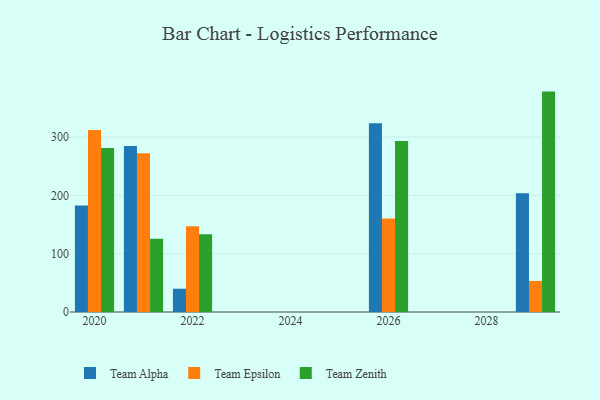
{"axis": {"x": "Year", "y": "Gross Profit (USD K)"}, "legend": ["Team Alpha", "Team Epsilon", "Team Zenith"], "data": [{"x": "2022", "y": 39.9, "type": "Team Alpha"}, {"x": "2022", "y": 147.0, "type": "Team Epsilon"}, {"x": "2022", "y": 133.4, "type": "Team Zenith"}, {"x": "2021", "y": 284.5, "type": "Team Alpha"}, {"x": "2021", "y": 272.0, "type": "Team Epsilon"}, {"x": "2021", "y": 125.4, "type": "Team Zenith"}, {"x": "2020", "y": 182.4, "type": "Team Alpha"}, {"x": "2020", "y": 312.1, "type": "Team Epsilon"}, {"x": "2020", "y": 281.4, "type": "Team Zenith"}, {"x": "2026", "y": 323.5, "type": "Team Alpha"}, {"x": "2026", "y": 160.3, "type": "Team Epsilon"}, {"x": "2026", "y": 293.3, "type": "Team Zenith"}, {"x": "2029", "y": 203.6, "type": "Team Alpha"}, {"x": "2029", "y": 53.3, "type": "Team Epsilon"}, {"x": "2029", "y": 377.9, "type": "Team Zenith"}]}